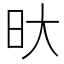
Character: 𭥏